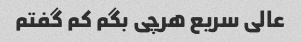
عالی سریع هرچی بگم کم گفتم